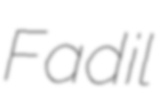
Fadil